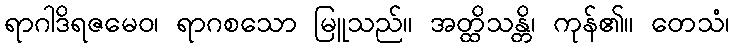
ရာဂါဒိရဇမေဝ၊ ရာဂစသော မြူသည်။ အတ္ထိသန္တိ၊ ကုန်၏။ တေသံ၊